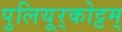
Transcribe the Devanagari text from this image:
पुलियूर्‌कोट्टम्